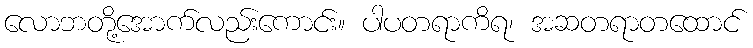
လောဘတို့အောက်လည်းကောင်း။ ပါပတရာကိရ၊ အဆတရာတထောင်